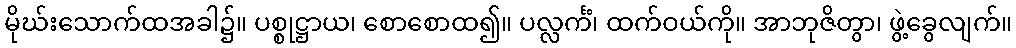
မိုဃ်းသောက်ထအခါ၌။ ပစ္စုဋ္ဌာယ၊ စောစောထ၍။ ပလ္လင်္ကံ၊ ထက်ဝယ်ကို။ အာဘုဇိတွာ၊ ဖွဲ့ခွေလျက်။